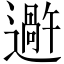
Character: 𬩕